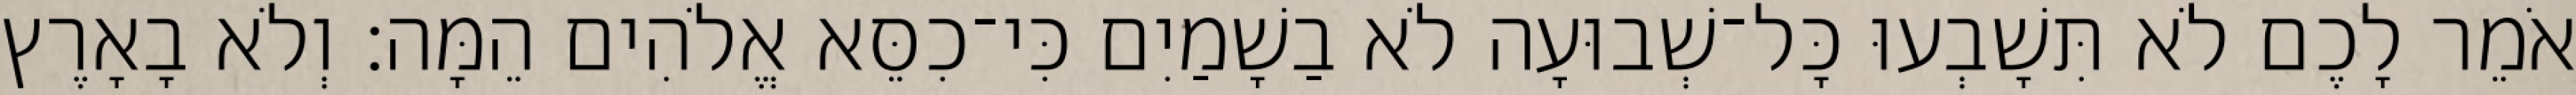
אֹמֵר לָכֶם לֹא תִּשָׁבְעוּ כָּל־שְׁבוּעָה לֹא בַשָׁמַיִם כִּי־כִסֵּא אֱלֹהִים הֵמָּה׃ וְלֹא בָאָרֶץ